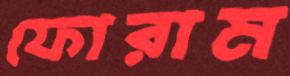
ফোরাম